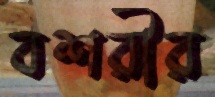
বশরীর